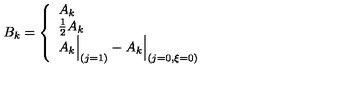
\setcounter { e q u a t i o n } { 1 7 5 } B _ { k } = \left\{ \begin{array} { l l } { A _ { k } } \\ { { \frac { 1 } { 2 } } A _ { k } } \\ { A _ { k } \Big \vert _ { ( j = 1 ) } - A _ { k } \Big \vert _ { ( j = 0 , \xi = 0 ) } } \\ \end{array} \right.